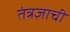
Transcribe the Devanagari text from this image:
तंत्रज्ञाची